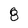
Character: 8